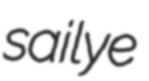
sailye